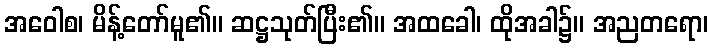
အဝေါစ၊ မိန့်တော်မူ၏။ ဆဋ္ဌသုတ်ပြီး၏။ အထခေါ၊ ထိုအခါ၌။ အညတရော၊